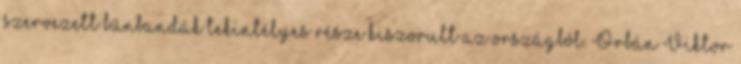
szervezett bűnbandák tekintélyes része kiszorult az országból. Orbán Viktor